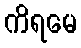
ကိရမေ